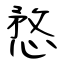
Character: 愗